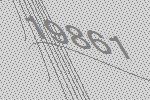
19861